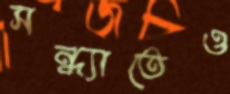
সন্ধ্যাতেও